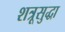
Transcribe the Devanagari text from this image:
शत्रूसुद्धा